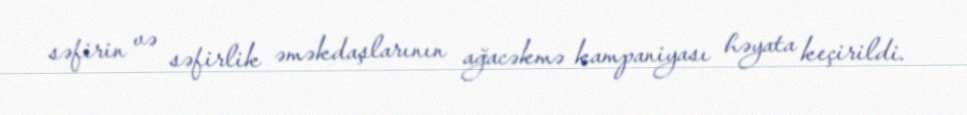
səfirin və səfirlik əməkdaşlarının ağacəkmə kampaniyası həyata keçirildi.